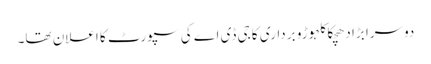
دوسرا بڑا دھچکا کلہوڑو برداری کا جی ڈی اے کی سپورٹ کا اعلان تھا۔